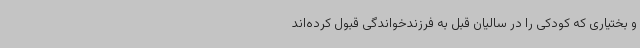
و بختیاری که کودکی را در سالیان قبل به فرزندخواندگی قبول کرده‌اند